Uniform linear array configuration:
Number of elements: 12
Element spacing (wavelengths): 0.25
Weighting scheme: kaiser
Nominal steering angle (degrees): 15
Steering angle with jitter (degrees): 16.751
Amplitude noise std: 0.05
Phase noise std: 0.05

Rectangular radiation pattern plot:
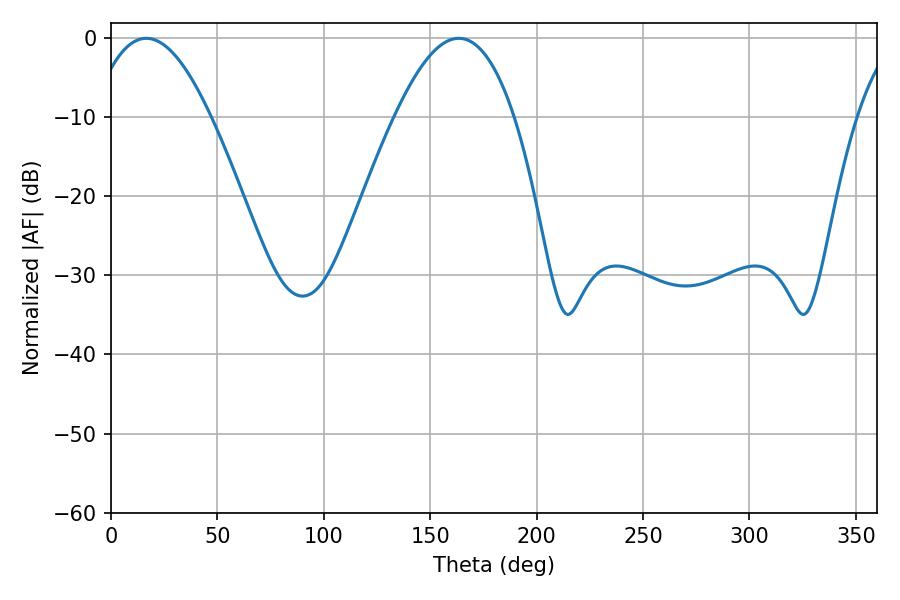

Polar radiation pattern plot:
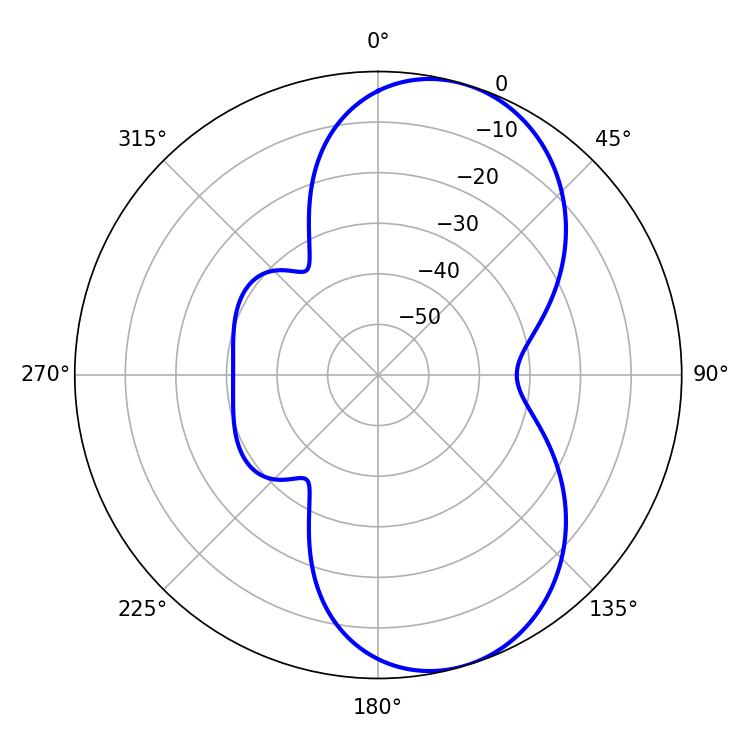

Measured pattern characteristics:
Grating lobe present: FALSE
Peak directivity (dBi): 7.613
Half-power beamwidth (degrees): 30.78
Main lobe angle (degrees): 16.56